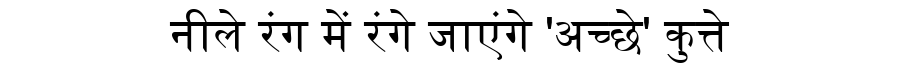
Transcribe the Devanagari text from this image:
नीले रंग में रंगे जाएंगे 'अच्छे' कुत्ते